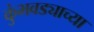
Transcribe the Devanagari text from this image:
कुंभवड्याच्या